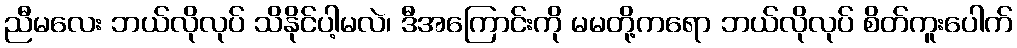
ညီမလေး ဘယ်လိုလုပ် သိနိုင်ပါ့မလဲ၊ ဒီအကြောင်းကို မမတို့ကရော ဘယ်လိုလုပ် စိတ်ကူးပေါက်